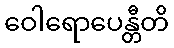
ဝေါရောပေန္တီတိ